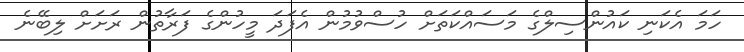
ހަމަ އެކަނި ކައުންސިލްގެ މަސައްކަތަށް ހުސްވުމުން އެފަދަ މީހުންގެ ފަރާތުން ރަށަށް ލިބޭނެ